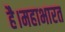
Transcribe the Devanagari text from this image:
है।महाभारत